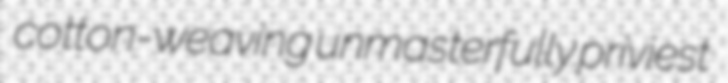
cotton-weaving unmasterfully priviest